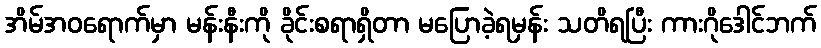
အိမ်အဝရောက်မှာ မန်းနီးကို ခိုင်းစရာရှိတာ မပြောခဲ့ရမှန်း သတိရပြီး ကားဂိုဒေါင်ဘက်